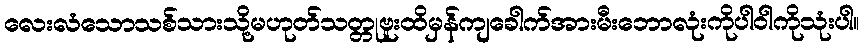
လေးလံသောသစ်သားသို့မဟုတ်သတ္တုဗူးထိမှန်ကျခေါက်အားမီးဘောလုံးကိုပါဝါကိုသုံးပါ။